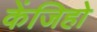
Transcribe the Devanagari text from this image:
केंजिहो